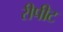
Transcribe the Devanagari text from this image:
रीपीट